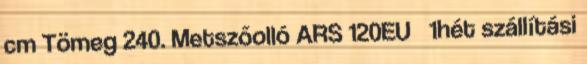
cm Tömeg 240. Metszőolló ARS 120EU 1hét szállítási